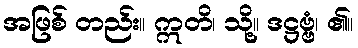
အဖြစ် တည်း။ ဣတိ၊ သို့။ ဒဋ္ဌဗ္ဗံ၊ ၏။